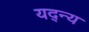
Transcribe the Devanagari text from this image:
यद्न्य